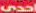
احدى